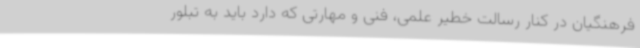
فرهنگیان در کنار رسالت خطیر علمی، فنی و مهارتی که دارد باید به تبلور